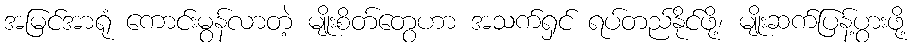
အမြင်အာရုံ ကောင်းမွန်လာတဲ့ မျိုးစိတ်တွေဟာ အသက်ရှင် ရပ်တည်နိုင်ဖို့၊ မျိုးဆက်ပြန့်ပွားဖို့